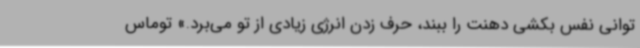
‌توانی نفس بکشی دهنت را ببند، حرف زدن انرژی زیادی از تو می‌برد.» توماس